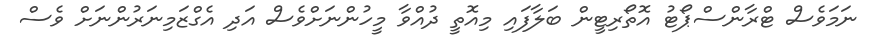
ނަމަވެސް ޓްރާންސްޕޯޓު އޮތޯރިޓީން ބަލާފައި މިއޮތީ ދުއްވާ މީހުންނަށްވެސް އަދި އެގްޒަމިނަރުންނަށް ވެސް